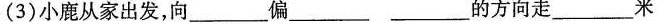
(3)小鹿从家出发，向___偏___的方向走___米